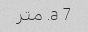
7 a. متر